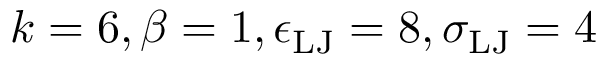
k = 6 , \beta = 1 , \epsilon _ { \mathrm { L J } } = 8 , \sigma _ { \mathrm { L J } } = 4